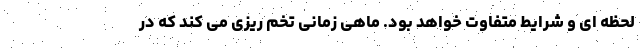
لحظه ای و شرایط متفاوت خواهد بود. ماهی زمانی تخم ریزی می کند که در